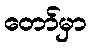
တော်မှာ